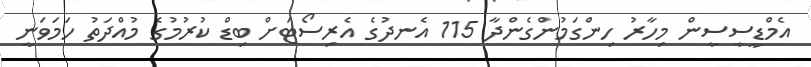
އެމްޑީސީސީން މިހާރު ހިންގަމުންގެންދާ 115 އެނދުގެ އެރިސޯޓަށް ބިޑް ކުރުމުގެ މުއްދަތު ހަމަވަނީ